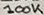
Text: 100K